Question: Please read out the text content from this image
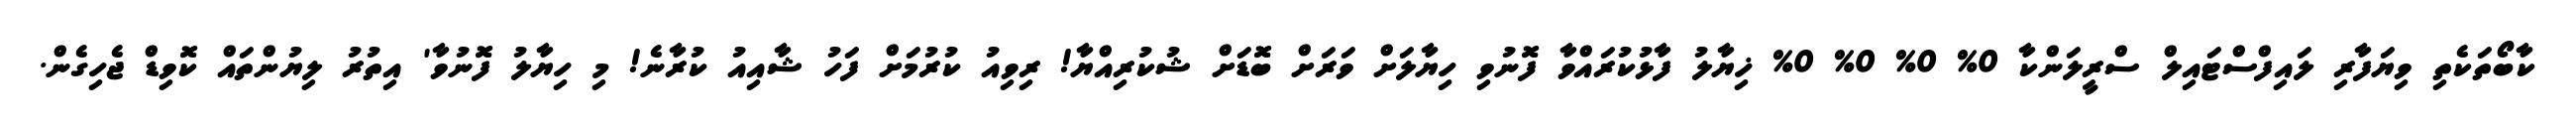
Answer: ކާބޯތަކެތި ވިޔަފާރި ލައިފްސްޓައިލް ސްރީލަންކާ 0% 0% 0% 0% ޚިޔާލު ފާޅުކުރައްވާ ފޮނުވި ހިޔާލަށް ވަރަށް ބޮޑަށް ޝުކުރިއްޔާ! ރިވިއު ކުރުމަށް ފަހު ޝާއިއު ކުރާނެ! މި ހިޔާލު ފޮނުވާ' އިތުރު ލިޔުންތައް ކޮވިޑް ޖެހިގެން.